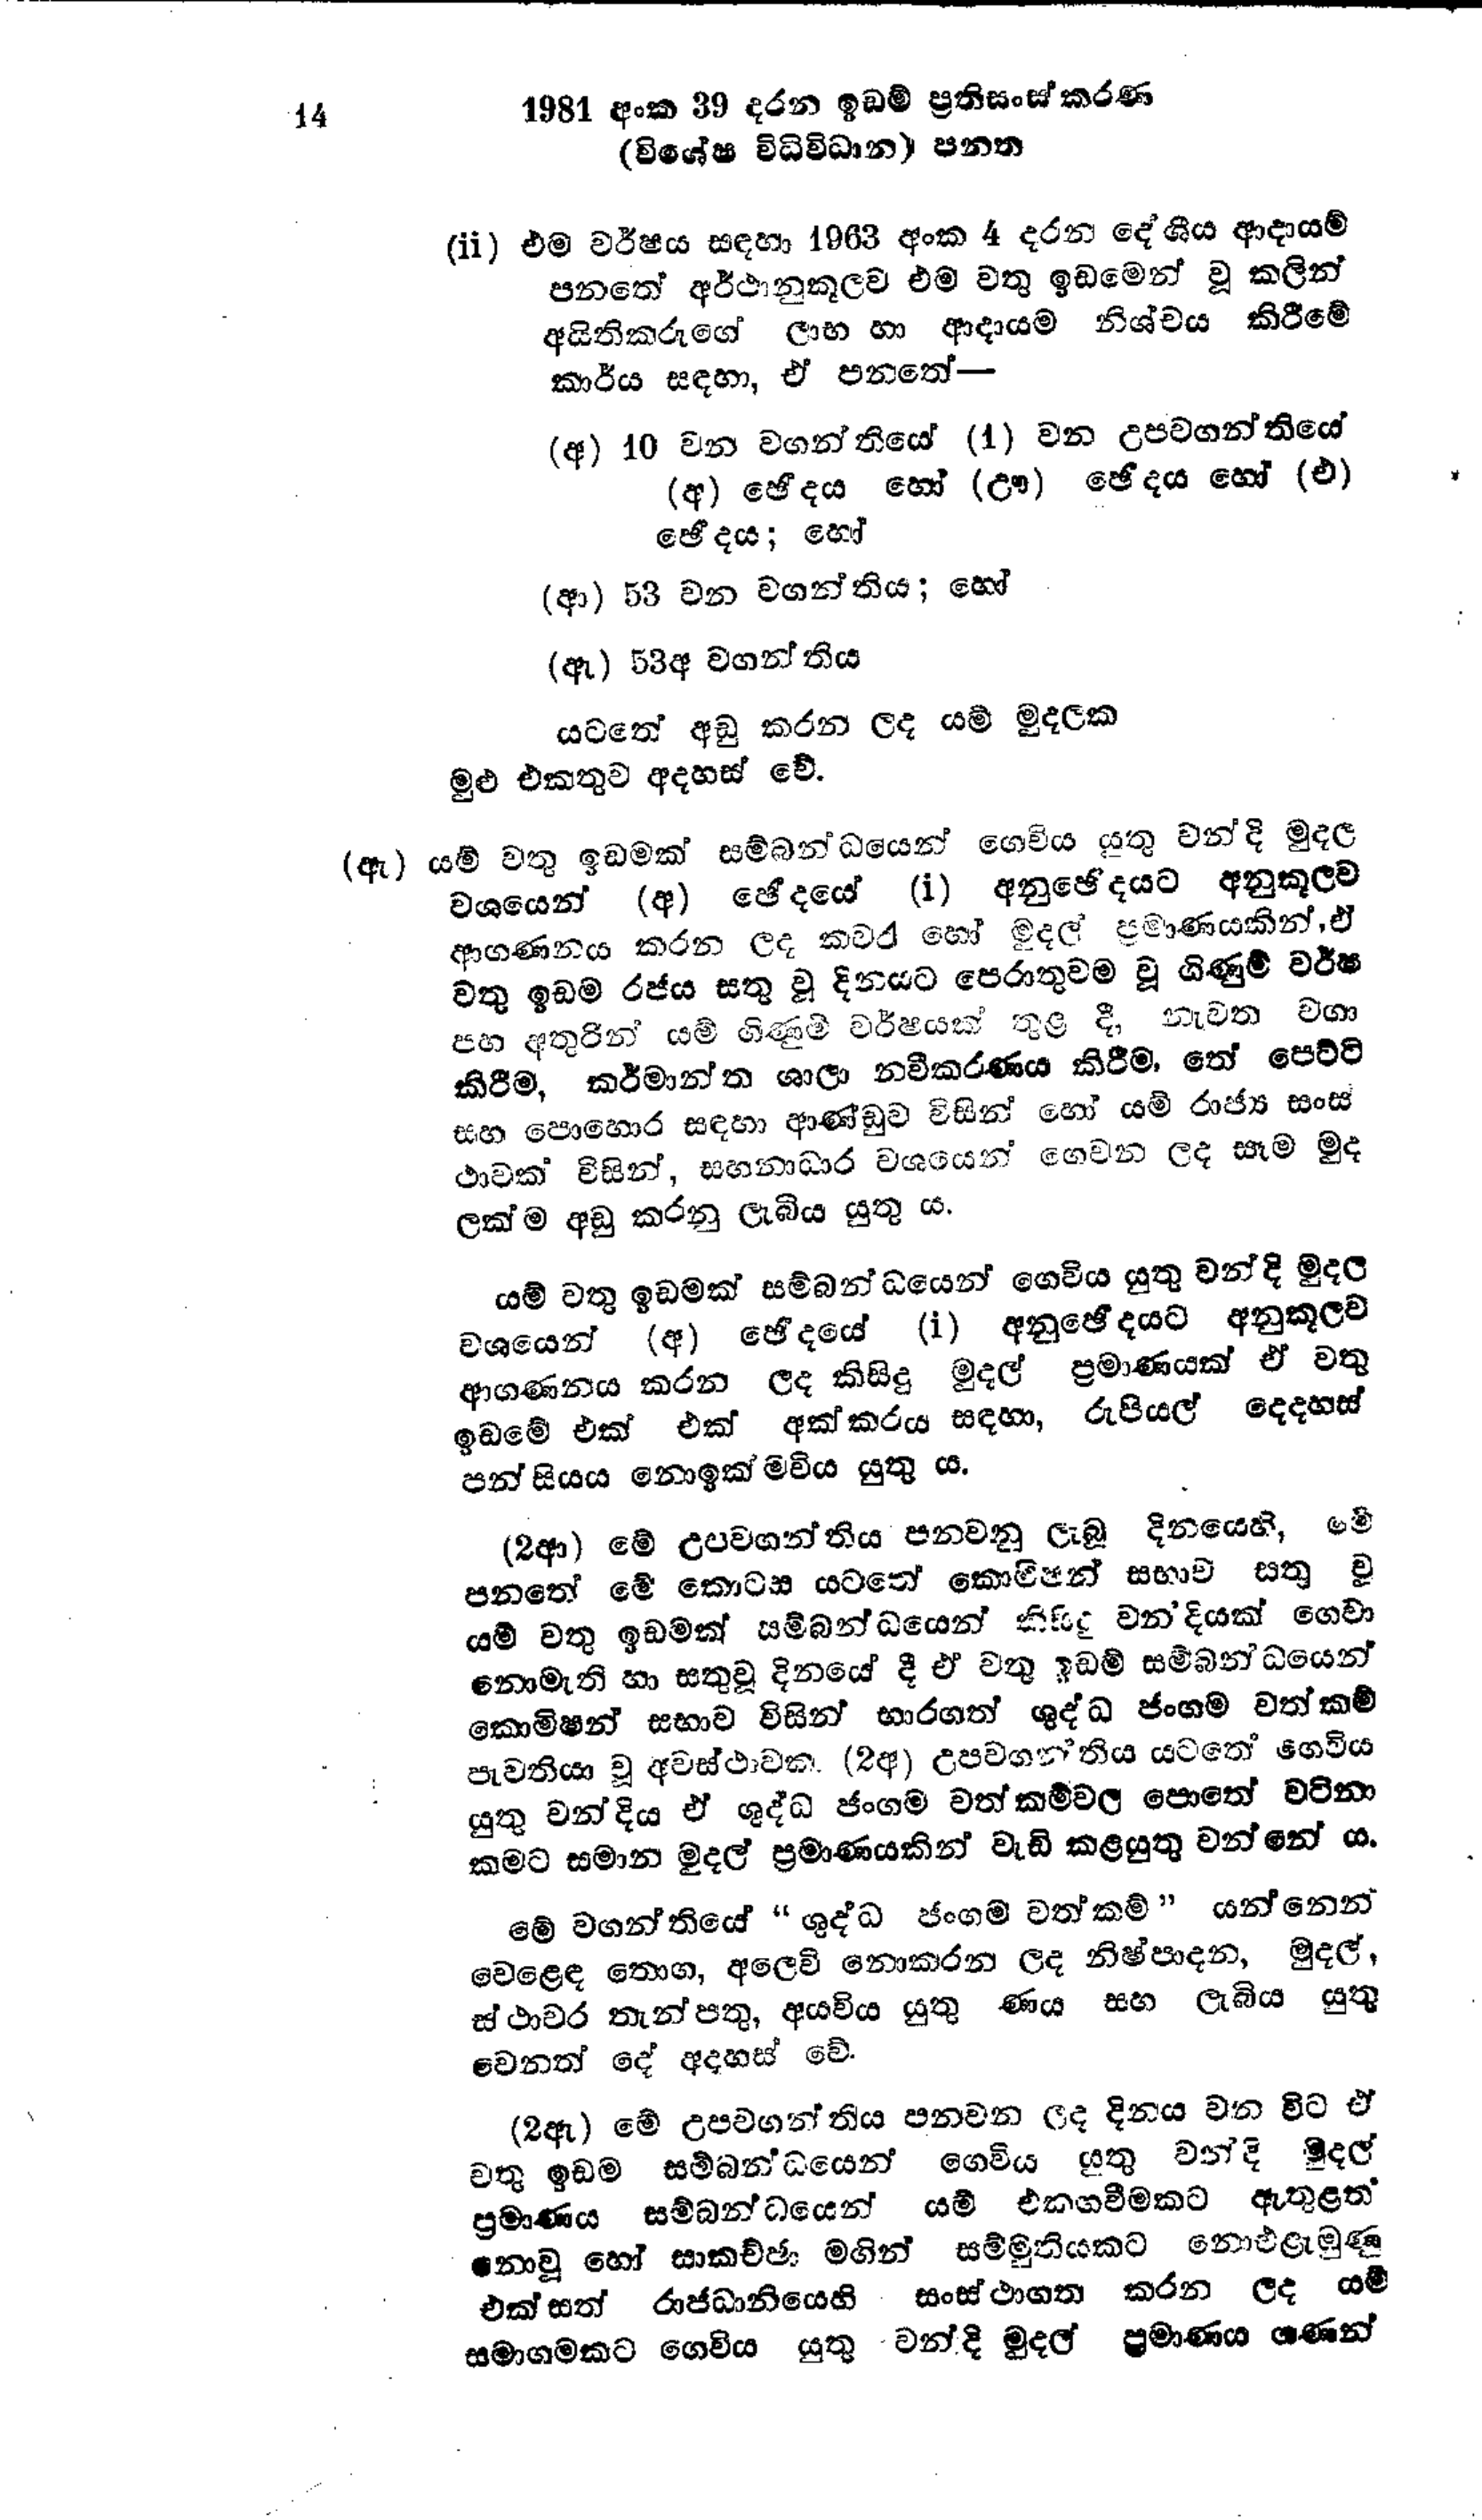
14	1981 අංක 39 දරන ඉඩම් ප්‍රතිසංස්කරණ
(විශේෂ විධිවිධාන) පනත

(ii) එම වර්ෂය සඳහා 1963 අංක 4 දරන දේශීය ආදායම්
පනතේ අර්ථානුකූලව එම වතු ඉඩමෙන් වූ කලින්
අයිතිකරුගේ ලාභ හා ආදායම නිශ්චය කිරීමේ
කාර්ය සඳහා, ඒ පනතේ -

(අ) 10 වන වගන්තියේ (1) වන උපවගන්තියේ
(අ) ඡේදය හෝ (ඌ) ඡේදය හෝ (එ)
ඡේදය; හෝ

(ආ) 53 වන වගන්තිය; හෝ

(ඇ) 53අ වගන්තිය

යටතේ අඩු කරන ලද යම් මුදලක
මුළු එකතුව අදහස් වේ.

(ඇ) යම් වතු ඉඩමක් සම්බන්ධයෙන් ගෙවිය යුතු වන්දි මුදල
වශයෙන් (අ) ඡේදයේ (i) අනුඡේදයට අනුකූලව
ආගණනය කරන ලද කවර හෝ මුදල ප්‍රමාණයකින්, ඒ
වතු ඉඩම රජය සතු වූ දිනයට පෙරාතුවම වූ ගිණුම් වර්ෂ
පහ අතුරින් යම් ගිණුම් වර්ෂයක් තුළ දී, නැවත වගා
කිරීම, කර්මාන්ත ශාලා නවීකරණය කිරීම, තේ පෙට්ටි
සහ පොහොර සඳහා ආණ්ඩුව විසින් හෝ යම් රාජ්‍ය සංස්
ථාවක විසින්, සහනාධාර වශයෙන් ගෙවන ලද සෑම මුද
ලක්ම අඩු කරනු ලැබිය යුතු ය.

යම් වතු ඉඩමක් සම්බන්ධයෙන් ගෙවිය යුතු වන්දි මුදල
වශයෙන් (අ) ඡේදයේ (i) අනුඡේදයට අනුකූලව
ආගණනය කරන ලද කිසිදු මුදල් ප්‍රමාණයක් ඒ
වතු ඉඩමේ එක් එක් අක්කරය සඳහා, රුපියල් දෙදහස්
පන්සියය නොඉක්මවිය යුතු ය.

(2ආ) මේ උපවගන්තිය පනවනු ලැබූ දිනයෙහි, මේ
පනතේ මේ කොටස යටතේ කොමිෂන් සභාව සතු වූ
යම් වතු ඉඩමක් සම්බන්ධයෙන් කිසිදු වනදියක් ගෙවා
නොමැති හා සතුවූ දිනයේ දී ඒ වතු ඉඩම් සම්බන්ධයෙන්
කොමිෂන් සභාව විසින් භාරගත් ශුද්ධ ජංගම වත්කම්
පැවතියා වූ අවස්ථාවක. (2අ) උපවගන්තිය යටතේ ගෙවිය
යුතු වන්දිය ඒ ශුද්ධ ජංගම වත්කම්වල පොතේ  වටිනා
කමට සමාන මුදල් ප්‍රමාණයකින් වැඩි කළයුතු වන්නේ ය.

මේ වගන්තියේ "ශුද්ධ ජංගම වත්කම්" යන්නෙන්
වෙළෙඳ තොග, අලෙවි නොකරන ලද නිෂ්පාදන, මුදල්,
ස්ථාවර තැන්පතු, අයවිය යුතු ණය සහ ලැබිය යුතු
වෙනත් දේ අදහස් වේ.

(2ඇ) මේ උපවගන්තිය පනවන ලද දිනය වන විට ඒ
වතු ඉඩම සම්බන්ධයෙන් ගෙවිය යුතු වන්දි මුදල්
ප්‍රමාණය සම්බන්ධයෙන් යම් එකගවීමකට ඇතුළත්
නොවූ හෝ සාකච්ඡා මගින් සම්මුතියකට නොඑළැමුණු
එක්සත් රාජධානියෙහි සංස්ථාගත කරන ලද යම්
සමාගමකට ගෙවිය යුතු වන්දි මුදල් ප්‍රමාණය ගණන්